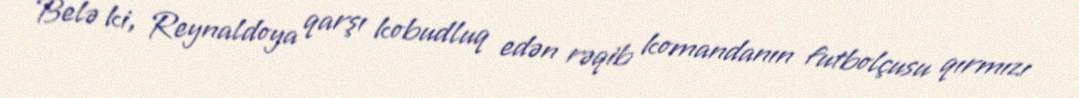
Belə ki, Reynaldoya qarşı kobudluq edən rəqib komandanın futbolçusu qırmızı